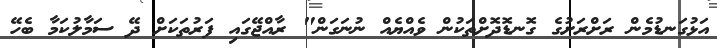
އަޅުގަނޑުމެން ރަށްރަށުގެ ގޮނޑޮދޮށްތަކުން ވެއްޔެއް ނުނަގަން" ރާއްޖޭގައި ފަރުތަކަށް ދޭ ސަމާލުކަމާ ބެހޭ